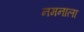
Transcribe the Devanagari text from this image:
नमनाला